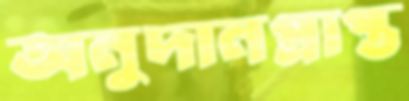
অনুদানপ্রাপ্ত